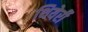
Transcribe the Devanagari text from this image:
थियेर्री